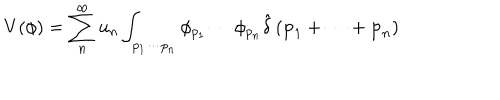
V ( \phi ) = \sum _ { n } ^ { \infty } u _ { n } \int _ { p _ { 1 } \cdots p _ { n } } \phi _ { p _ { 1 } } \cdots \phi _ { p _ { n } } \hat { \delta } \left( { \bf p } _ { 1 } + \cdots + { \bf p } _ { n } \right)